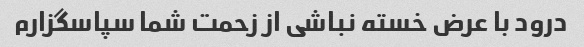
درود با عرض خسته نباشی از زحمت شما سپاسگزارم